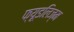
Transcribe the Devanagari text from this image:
फ्यूडलिज्म